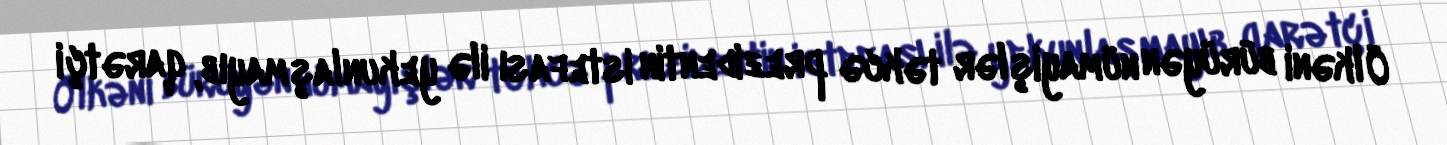
Ölkəni bürüyən nümayişlər təkcə prezidentin istefası ilə yekunlaşmayıb, qarətçi